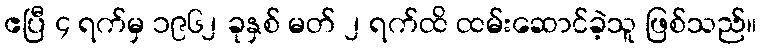
ဧပြီ ၄ ရက်မှ ၁၉၆၂ ခုနှစ် မတ် ၂ ရက်ထိ ထမ်းဆောင်ခဲ့သူ ဖြစ်သည်။